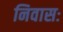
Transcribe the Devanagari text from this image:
निवासः